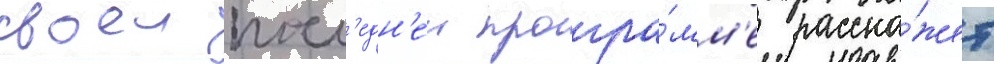
своеи посл'едн'еи програ́мм'е расска́жет